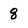
Character: 8